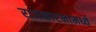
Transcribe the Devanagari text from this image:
राजकारनामध्ये